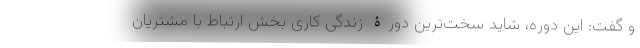
و گفت: این دوره، شاید سخت‌ترین دورۀ زندگی کاری بخش ارتباط با مشتریان